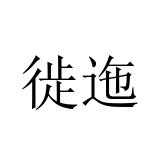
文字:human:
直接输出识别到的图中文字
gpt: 徙迤